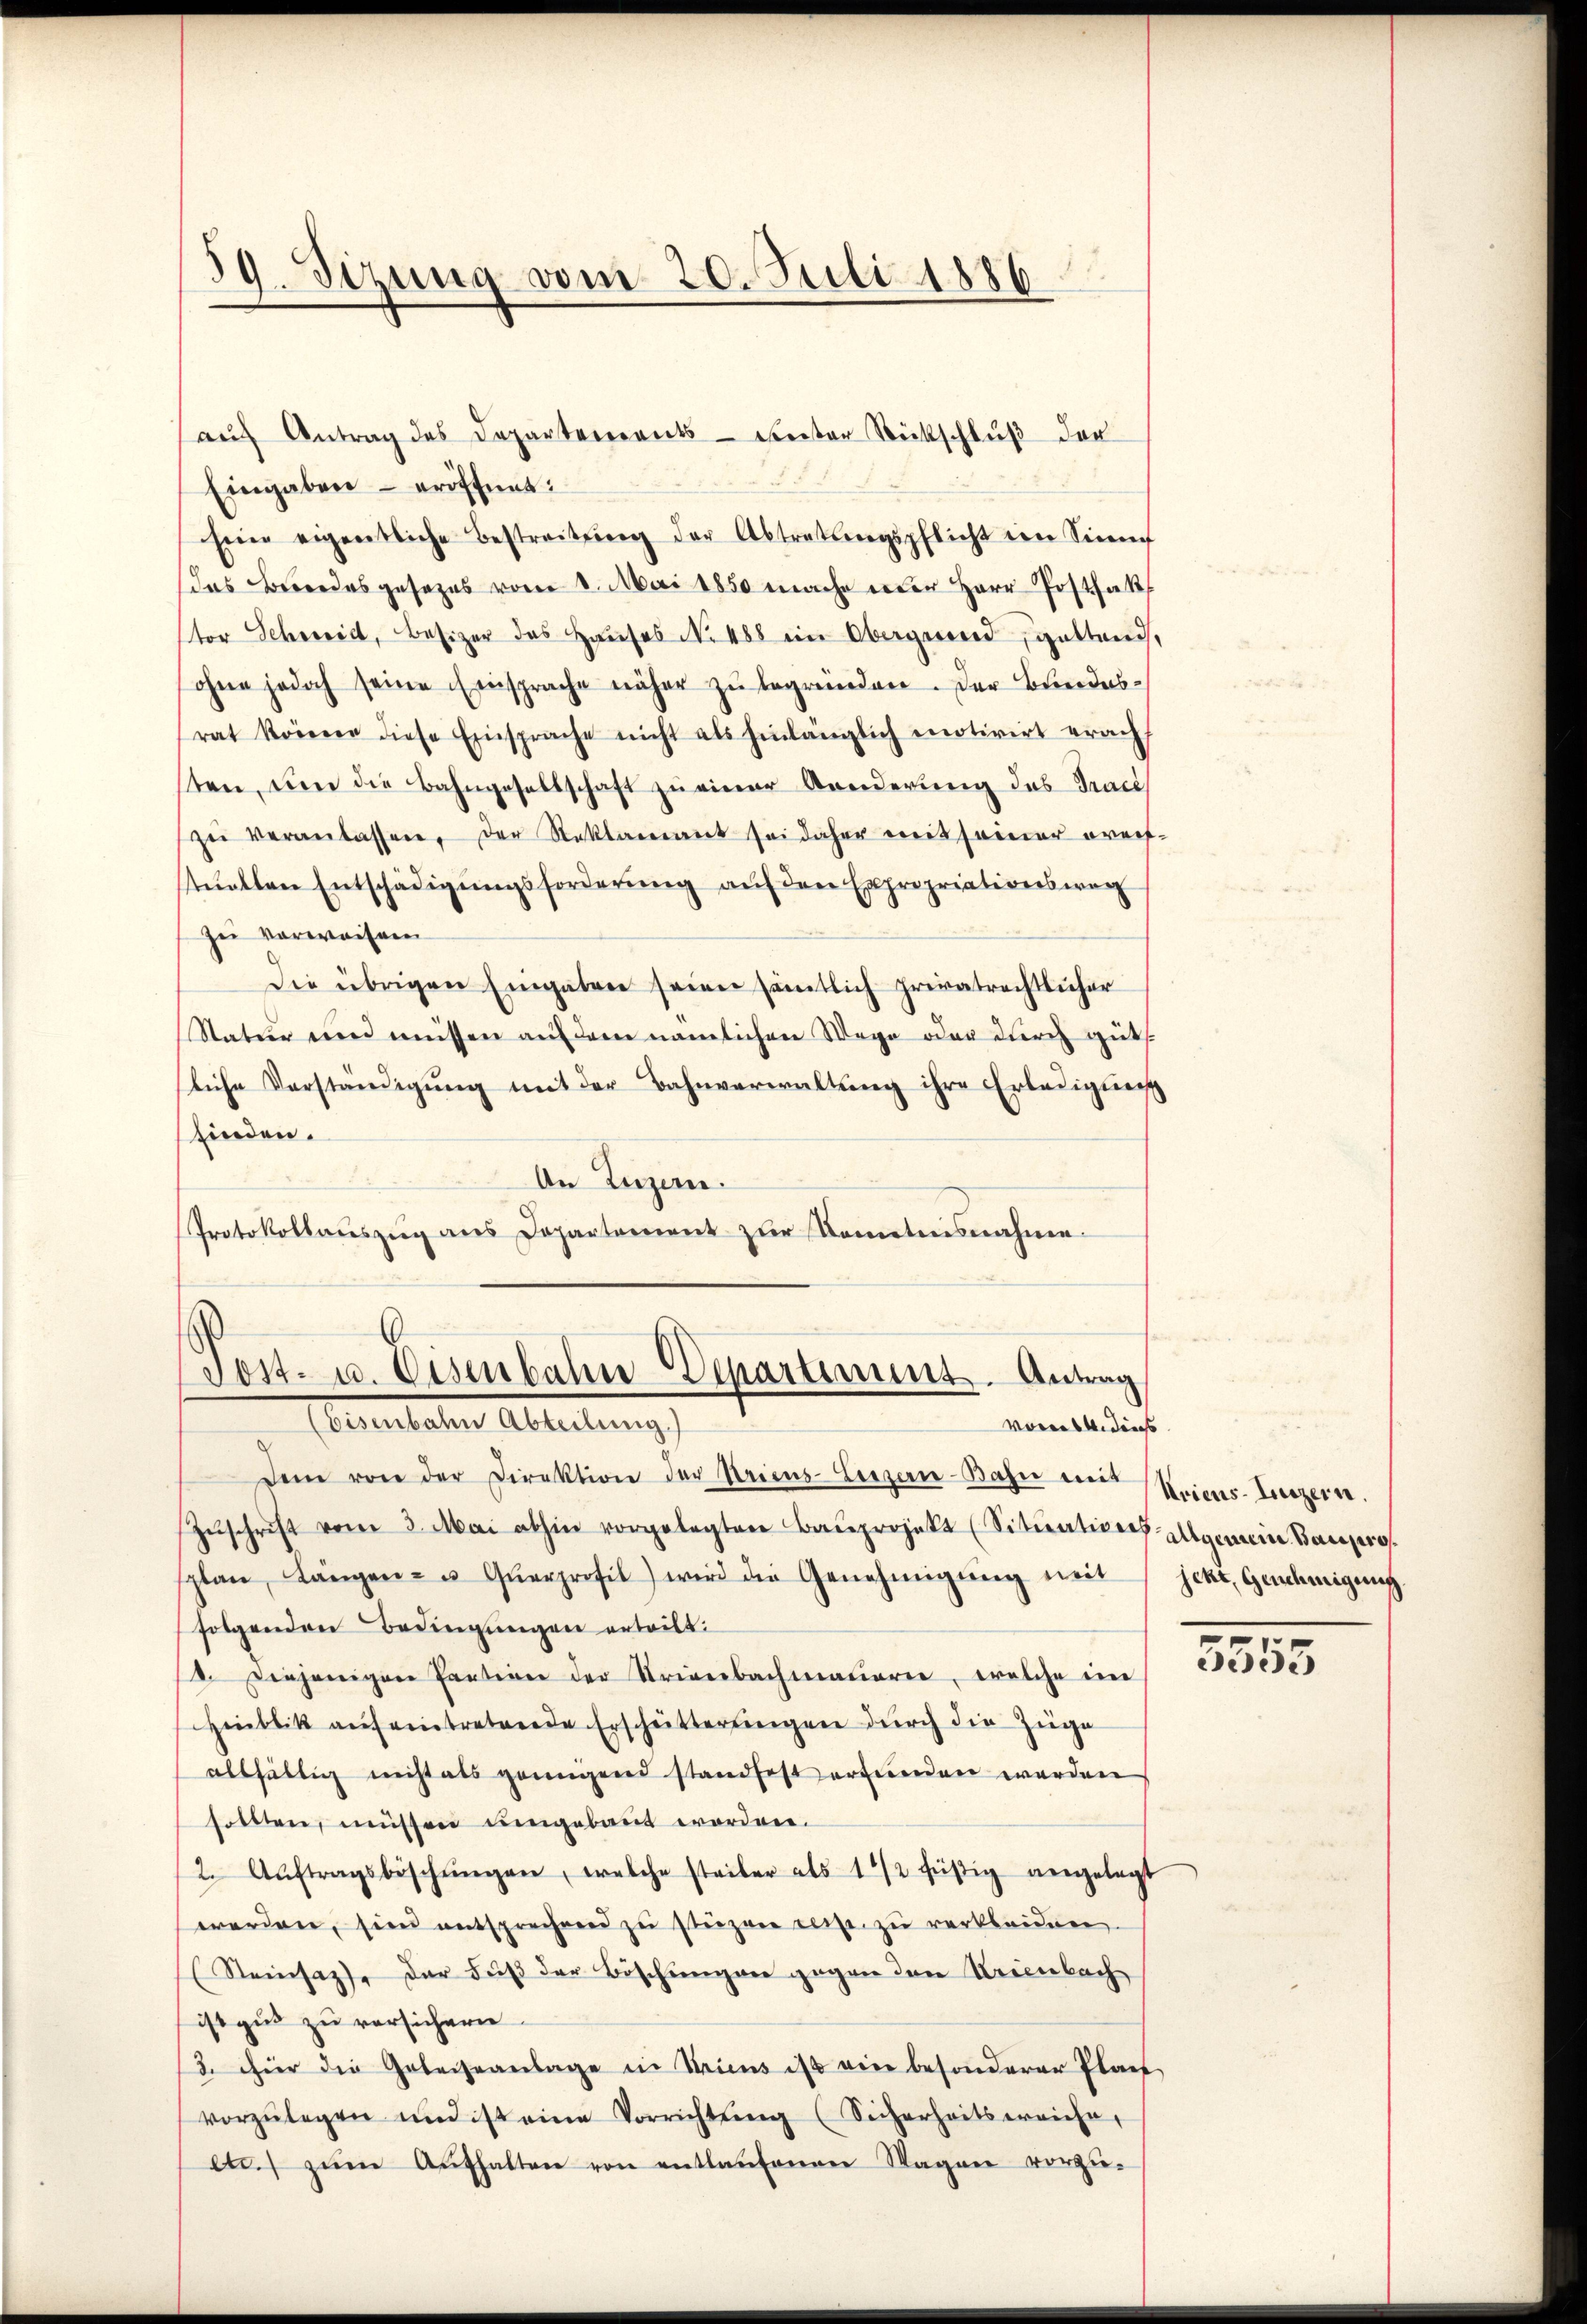
39. Sizung vom 20. Juli 1886

.
Post- u. Eisenbahn-Departiment. Antrag
(Eisenbahn Abteilung)
vom 6. dies

aŭf Antrag des Departements- unter Rückschlŭβ der
Eingaben – eröffnet.
sein eigentliche Bestreitŭng der Abtretŭngspflicht im Sinne
das Bundesgesetzes vom 8. Mai 1850 mache der Herr Postfakt
tor Schweid, Besizer das Hauses No 488 ein Obergeord, gattend,
sohne jedoch seine Einsprache näher zu begründen. Der Bundesrat könne diese Einsprache nicht als hinlänglich motivirt erach
ten, um die Bahngesellschaft zŭ einer Aenderŭng des Tract
zŭ veranlassen, der Reklamant sei daher mit seiner greif-
stückten Entschädigungsforderung auf den Expropriationsweg
zei vorweisen
Die übrigen Eingaben seien sämtlich privatrechtlicher
Statur und müssen auf dem nämlichen Wege oder durch gut
liche Verständigung mit der Bahnverwaltung ihre Erledigung
finden.
An Luzern.
Protokollauszug aus Departement zur Kenntnisnahme.

Dem von der Direktion der Seiens-Berzen-Bahn ein Seiens-Luzern.
Zŭschrift vom 3. Mai abhin vorgelegten Baŭprojekt (Situationes Allgemein Baupro
plan, Längen- u Qŭerprofil) wird die Genehmigŭng mit hett, Genehmigŭng.
folgenden Bedingungen erteilt.
2. Diejenigen Partion der Krienbachmaŭern, welche in
Hinblik aŭf eintretende Erschütterŭngen dŭrch die Züge
allfältig nicht als genügend standfest erfunden werden
sollten, müssen umgebaut worden.
2. Aŭftragsbeschŭngen, welche steiler als 1/2 füßig angelegt
werden, sien entsprechend zŭ stürzen rect. zŭ verkleiden.
Steinsatte der daβ der Böschungen gegen den Krienbach
ist gut zu versichern.
3. hier die Geleiseanlage in Seiens ist ein besonderer Plan
vorzŭlegen und ist eine Vorrichtŭng (Sicherheitserriche
etc. zŭm Aŭfhalten von entlaŭfenen Wagen vorzŭ-

5553